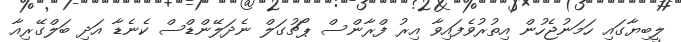
ލީބިޔާގައި ހަމަނުޖެހުން އިތުރުވެފައިވާ އިރު ފްރާންސް ޕޯޗުގަލް ނެދަލޭންޑްސް ކެނެޑާ އަދި ބަލްގޭރިއާ